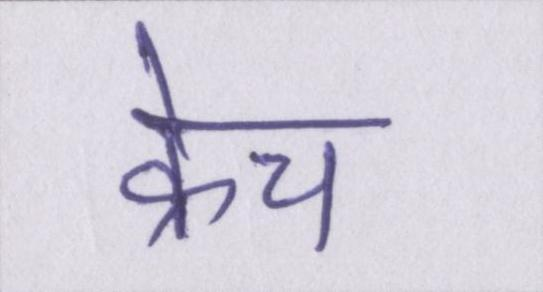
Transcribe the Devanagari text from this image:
क्रेच